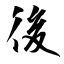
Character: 後